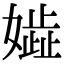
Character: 𡢋